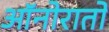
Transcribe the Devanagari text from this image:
ऑनोरातो